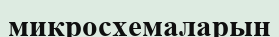
микросхемаларын